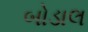
બોડાલ